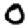
Digit: 0